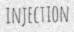
INJECTION